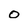
Character: 0